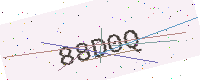
Text: 88D0Q